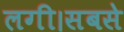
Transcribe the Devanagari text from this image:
लगी।सबसे